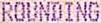
ROUNDING